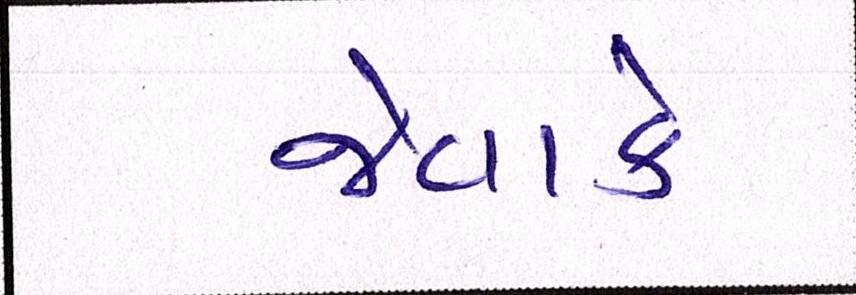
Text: જેવાકે